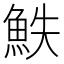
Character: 䱃